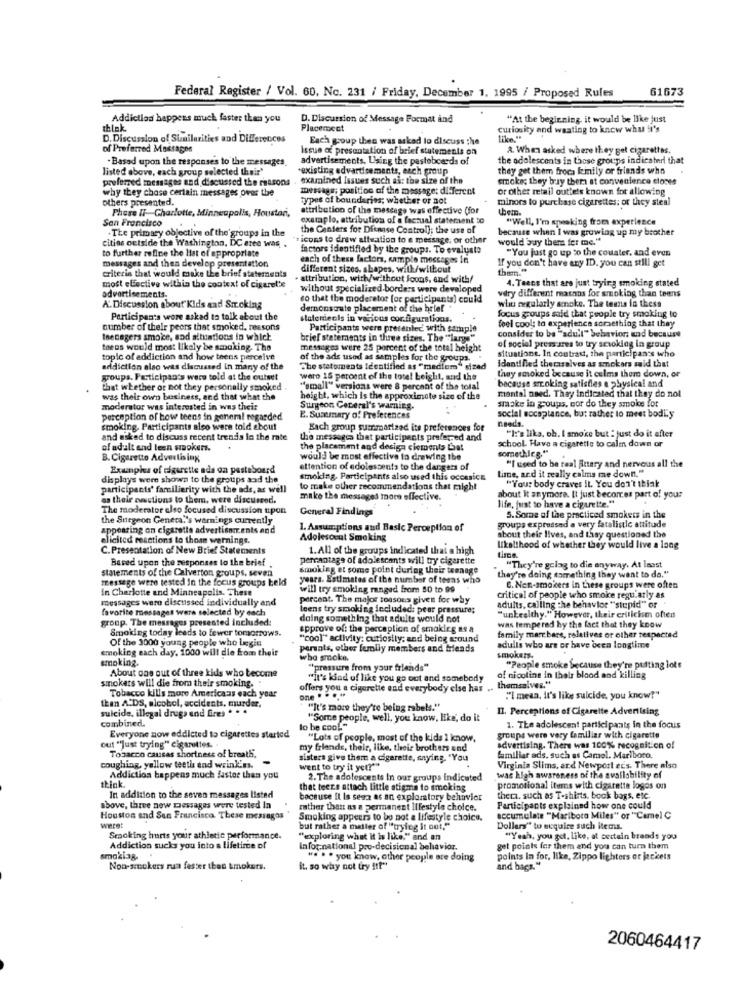
Federal Register / Vol. 60, No. 231 / Friday, December 1, 1995 / Proposed Rules
61673
Addiction happens much faster than you
D. Discussion of Message Format and
"At the beginning, it would be like just
thlak.
Placement
curiosity and waating to know what it's
D. Discussion of Similarities and Differences
Each group then was asked to discuss the
of Preferred Massages
Issue a presentation of brief statements on
2. When asked where they get cigarettes.
. Based upon the responses to the messages.
advertisements. Using the pasteboards of
the adolescents in these groups indicateri that
listed above, each group selected their"
existing edvartisements, each group
they get them froca kinily or friends who
preferred messages and discussed the reasons
examined Issues such as: the size of the
smoke; they by them at convenience closes
why they chose certain messages over the
message; position of the message; di ferent
or other retail outlets known for allowing
others presented.
types of boundaries; whether or not
minors to purchase cigarettes: or they steal
Phase IT Charlotte, Minneapolis, Houston,
attribution of the message was effective (for
thetn
San Francisco
examplo, attribution of a factual statement to
"Well, I'm speaking from experience
The primary objective of the groups in the
the Centers for Ditnase Control); the use of
because when I was growing up my brother
cities outside the Washington, DC eree was
icons to draw alisation to e message, or other
would buy them fer me."
to further refine the list of appropriate
factors identified by the groups. To evaluate
"You just go up to the counter, and even
messages and then develop presentation
each of these factors, sample messages In
If you don't have any ID. you can still get
different sizes. shapes, with/without
them."
criteria that would make the brief statements
· attribution, with/without Joons, and with/
4. Teens that are just trying smoking stated
most effective within the context of cigaret's
without specialized.borders were developed
advertisements-
so that the moderator for participants) could
who regularly smoke. The temna in thess
very different masans for smoking than teens
A.Discussion about Kids and Str.cking
dernonsaate placement of the hotel
focus groups said that people try smoking to
Participants wore asked to talk about the
staterdecis in various cor. figurations.
feel cool: to experience something that they
number of their peers that smoked, reasons
Participants were presenlec with sample
teenagers smoke, and altuations in which
brief statements in three sizes. The ""large"
consider to be "adult" behavior: and because
teens would most likely be smoking. The
messages were 25 percent of the total height
of social press ares to try sewoking in group
situatione. In contrast, the participants who
topic of eddiction and how teens perceive
of the ads used as samples for the groups.
addiction also was discussed in many of the
The stetoments Identified as "medium" dized
Identified therasalves as smokers said that
groups. Participan's were told at the cuiset
wero 15 percent of the totel beight, and the
because srr.oking satisfies e physical and
thay smoked because it celma them down, or
that whether or not they personally smoked
"small" versions were 8 percent of the total
was their own business, and that what the
height, which is the approximate size of the
mantal need. They indicated that they do not
smoke in groups, por do they smoke fot
moderator was interested in was their
Surgeon Ceceral's warning.
perception of how teens in general regarded
E. Summary of Preferences
needs.
social acceptance, but rather to meet bodily
smoking. Participants also were told about
Each group summarized its preferences for
"I:'s lika, ob. I smoke but : just do it after
and asked to discuss recent trends la the rate
the messages that participants preferred and
of adult and leen smokers.
the placament and desiga clements Laat
school. Have a cigarette to calm down or
something."
B. Cigaretto Advertising
would be most effective in drewing the
"I used to be real jetary and nervous all the
Examples of cigarette ada on pesteboard
attention of adolescents to the dangers of
lime, ard it really calms me down."
displays were shown to the groups and the
smoking. Participants also used this occasics
participants' familierity with the ads, as well
to make other recommendations that might
"Your body craves It. You don't think
as their zuactions to them, were discussed.
make the messages more effective.
about it anymore. It just becomes part of your
The moderator elso focused discussion upon
General Findings
life, just to have a cigarette."
the Surgeon General's warnings currently
5. Some of the practiced smokers in the
appearing on cigarette advertiser.ents and
1. Assumptions and Basic Perception of
groups expressed a very fatalistic attitude
elicited reactions to those werninge.
Adolescent Smoking
about their lives, and they questioned the
C. Presentation of New Brief Statements
1. All of the groups indicated that a high
likelihood of whether they would live a long
Based upon the responses to the brief
percentage of adolescents will try cigarette
statements of the Calverton groups, seven
smoking at some point during their teenage
"They're going to die anyway. At least
message were tested in the focus groups beld
years. Estimates of the number of teens who
they're doing something they want to da."
in Charlotte and Minneapolis. These
will try smoking ranged from 50 to 99
B. Non-smokers in these groups were often
messages were discussed individually end
percent. The major toasous given for why
Critical of people who smoke regularly as
favorite messages were selected by each
leens try smoking included: peer pressure;
adults, calling the behavior "stupid" or
group. The messages presented included:
doing something that adults would not
"unhealthy." However, their criticism often
was tempered hy the fact that they know
Smoking today leads to fewer tomorrows.
approve of: the perception of smoking as a
Of the 3000 young people who Legin
"cool" activity: curiosily: and being around
family marr bare, relatives or other respected
smoking each day. 1000 will die from their
parents, other family members and friends
adulls who are or have ocen longtime
smoking.
who smoke.
smokers.
About one out of three kids who become
"pressure from your friends"
"People smoke because they're putting lots
smokers will die from their smoking.
"it's kind of like you go out and somebody
of nicoline in thalr blood and killing
Tobacco kills more Americaas each year
offers you a cigarette and everybody else has .. themselves."
then A'DS, alcohol, accidents, murder,
one .
"I mean, it's like suicide, you know?"
suicide, illegal drugs and fres * **
"It's more they're being rabels."
II. Perceptions of Cigarette Advertising
combined.
"Some people, well, you know, like, do it
Everyone now eddicted to cigarettes started
lo be cool"
1. The adolescent participants in the focus
"Lots of people, most of the kids 1 know,
groups were very familiar with cigarette
out ""just trying" cigarettes. .
Tobacco causas shortness of breat5.
my friends, their, like, their brothers and
advertising. There was 100% recognition of
sisters give them a cigarette, saying. "You
familiar ads. such as Camel. Marlboro,
coughing, yellow teeth end wrink'ns.
went to try it yet?""
Virginia Slims, and Newport ecs. There also
think.
Addiction happens much faster than you
2. The adolescents In our groups indicated
was high awareness of the availability of
that teers attach little stigma to smoking
promotional items with cigarette logos on
In addition to the seven messages listed
because It Is seen as an exploratory behavior
thema. such as T-shirts, book bags, etc.
above, three new messages were tested In
rather than as a permanent lifestyle choice.
Participants explained how one could
Houston and San Francisco. These messages
Smoking appears to be not a lifestyle choice.
accumulate "Mariboto Miles" or "Camel C
weret
but rather a matter of "trying it out."
Dollars"* to acquire such items.
Smacking hurts your athletic performance.
"exploring what it is like." and an
"Yeah, you get, like, at certain brands you
Addiction sucks you into a lifetime of
infor-national pro-decisional behavior.
get points for them and you can turn them
smaziag.
". . . you know, other people are doing
points In for, like, Zippo lighters or jackets
Non-smokers run faster than tmokers.
it. so why not try ft?"
and bags."
2060464417